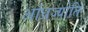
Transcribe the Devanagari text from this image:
आंध्रज्योति